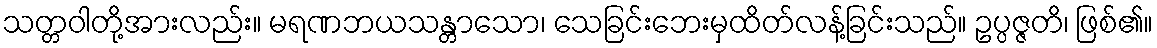
သတ္တဝါတို့အားလည်း။ မရဏဘယသန္တာသော၊ သေခြင်းဘေးမှထိတ်လန့်ခြင်းသည်။ ဥပ္ပဇ္ဇတိ၊ ဖြစ်၏။